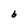
Character: b